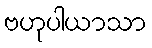
ဗဟုပါယာသာ